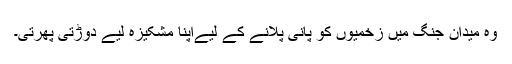
وہ میدان جنگ میں زخمیوں کو پانی پلانے کے لیےاپنا مشکیزہ لیے دوڑتی پھرتی۔